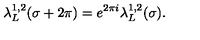
\lambda _ { L } ^ { 1 , 2 } ( \sigma + 2 \pi ) = e ^ { 2 \pi i } \lambda _ { L } ^ { 1 , 2 } ( \sigma ) .